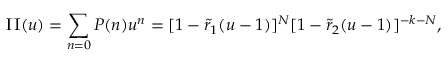
\Pi ( u ) = \sum _ { n = 0 } ^ { } P ( n ) u ^ { n } = [ 1 - \tilde { r } _ { 1 } ( u - 1 ) ] ^ { N } [ 1 - \tilde { r } _ { 2 } ( u - 1 ) ] ^ { - k - N } ,